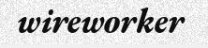
wireworker